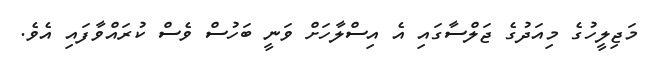
މަޖިލީހުގެ މިއަދުގެ ޖަލްސާގައި އެ އިސްލާހަށް ވަނީ ބަހުސް ވެސް ކުރައްވާފައި އެވެ.